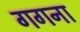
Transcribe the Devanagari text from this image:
गगना